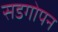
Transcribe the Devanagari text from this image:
सडगोपन